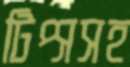
টিপ্সসহ